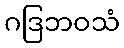
ဂဒြဘဝသံ